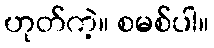
ဟုတ်ကဲ့။ စမစ်ပါ။